Civil Veterinary Dept. Bombay admin report 1914-1922 - 1914-1922
Year: 1914
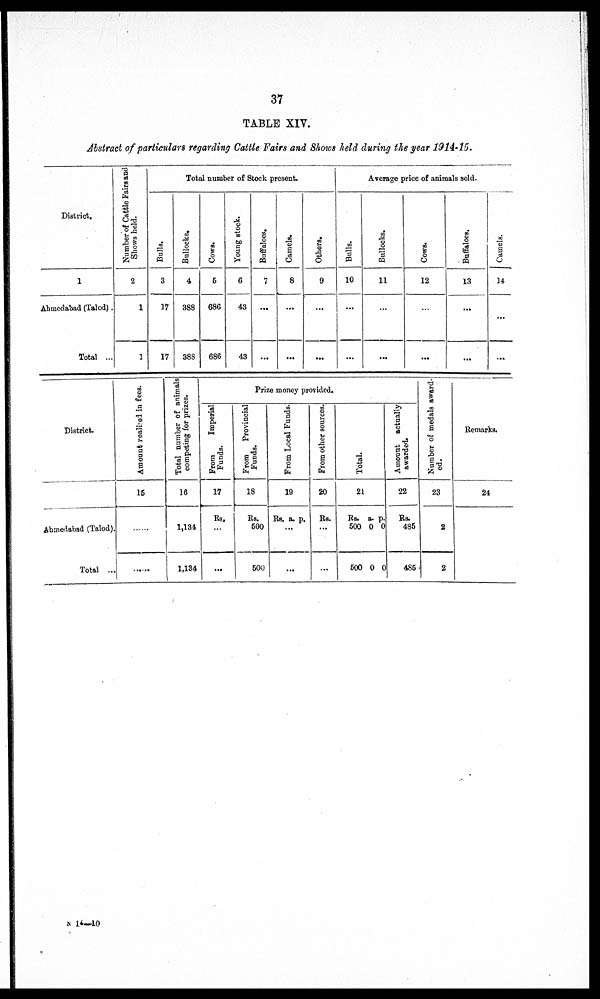
37
TABLE XIV.
Abstract of particulars regarding Cattle Fairs and Shows held during the year 1914-15.
District.
1
Ahmedabad (Talod).
Total ...
Number of Cattle Fairs and
Shows held.
2
1
1
Total number of Stock present.
Bulls.
3
37
17
Bullocks.
4
388
388
Cows.
5
686
686
Young stock.
6
43
43
Buffaloes.
7
...
...
Camels.
8
...
...
Others.
9
...
...
Average price of animals sold.
Bulls.
10
...
...
Bullocks.
11
...
...
Cows.
12
...
...
Buffaloes.
13
...
...
Camels.
14
...
...
District.
Ahmedabad (Talod).
Total ...
Amount realived in fees.
15
......
......
Total number of animals
competing for prizes.
16
1,134
1,134
Prize money provided.
From
Imperial.
Funds.
17
Rs.
...
...
From Provincial
Funds.
18
Rs.
500
500
Fr om Local Funds .
19
Rs. a. p.
...
...
From other sources.
20
Rs.
...
...
Tot al .
21
Rs.
500
500
a.
0
0
p.
0
0
Amount actually
awarded.
22
Rs.
485
485
Number of medals award-
ed.
23
2
2
Remarks.
24
N 14—10